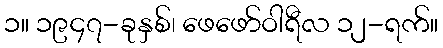
၁။ ၁၉၄၇-ခုနှစ်၊ ဖေဖော်ဝါရီလ ၁၂-ရက်။